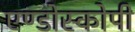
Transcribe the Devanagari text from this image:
एण्डोस्कोपी